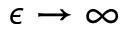
\epsilon \rightarrow \infty